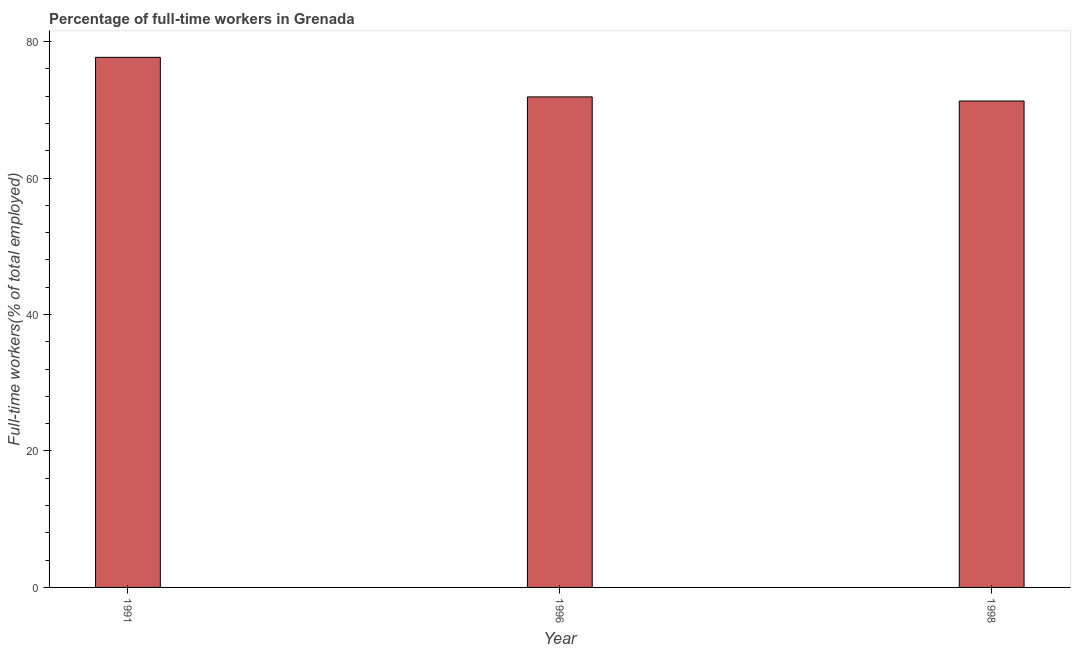
| Year | Wage and salaried workers |
 | --- | --- |
 | 1991 | 77.7 |
 | 1996 | 71.9 |
 | 1998 | 71.3 |